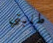
طلبتي